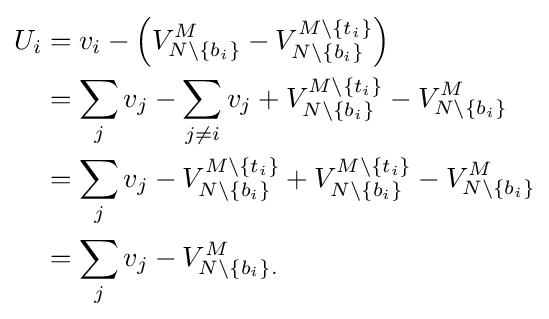
{\begin{aligned}U_{i}&=v_{i}-\left(V_{N\setminus \{b_{i}\}}^{M}-V_{N\setminus \{b_{i}\}}^{M\setminus \{t_{i}\}}\right)\\&=\sum _{j}v_{j}-\sum _{j\neq i}v_{j}+V_{N\setminus \{b_{i}\}}^{M\setminus \{t_{i}\}}-V_{N\setminus \{b_{i}\}}^{M}\\&=\sum _{j}v_{j}-V_{N\setminus \{b_{i}\}}^{M\setminus \{t_{i}\}}+V_{N\setminus \{b_{i}\}}^{M\setminus \{t_{i}\}}-V_{N\setminus \{b_{i}\}}^{M}\\&=\sum _{j}v_{j}-V_{N\setminus \{b_{i}\}.}^{M}\end{aligned}}